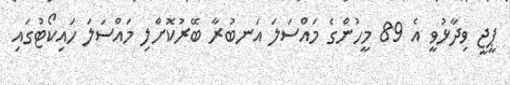
ޕީޖީ ވިދާޅުވީ އެ 89 މީހުންގެ މައްސަލަ އަނބުރާ ބޭރުކޮށްލި މައްސަލަ ހައިކޯޓުގައި